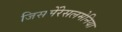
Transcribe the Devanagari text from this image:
जिसमेंरेसलमेनिया